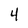
Character: 4